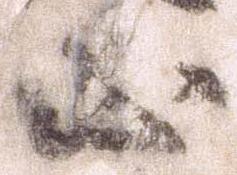
正